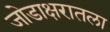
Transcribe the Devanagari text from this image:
जोडाक्षरातला